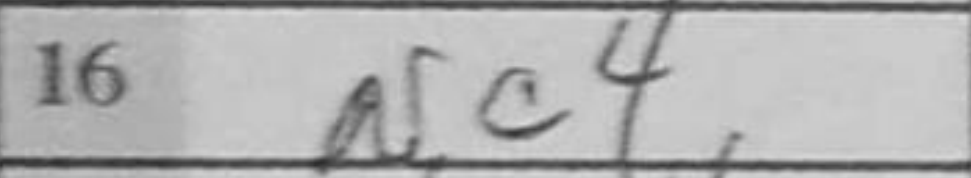
Transcription: Nc4